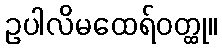
ဥပါလိမထေရ်ဝတ္ထု။